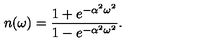
n ( \omega ) = { \frac { 1 + e ^ { - \alpha ^ { 2 } \omega ^ { 2 } } } { 1 - e ^ { - \alpha ^ { 2 } \omega ^ { 2 } } } } .